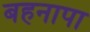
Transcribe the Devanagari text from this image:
बहनापा